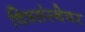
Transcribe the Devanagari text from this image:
चित्रसंस्थेवर